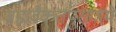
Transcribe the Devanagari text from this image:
ब्रह्मवैक्‌र्त्तपुराणमें